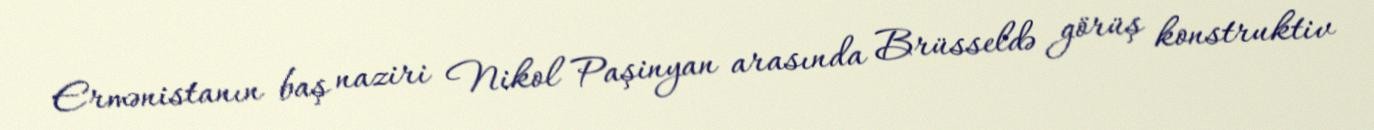
Ermənistanın baş naziri Nikol Paşinyan arasında Brüsseldə görüş konstruktiv